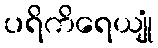
ပရိကိရေယျုံ